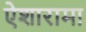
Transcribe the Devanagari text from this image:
ऐशारामा